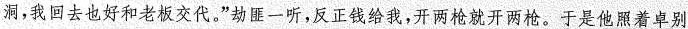
洞，我回去也好和老板交代。”劫匪一听，反正钱给我，开两枪就开两枪。于是他照着卓别